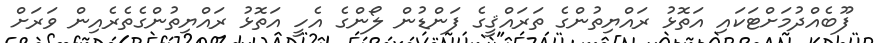
ފޫބެއްދުމަށްޓަކައި އަތޮޅު ރައްޔިތުންގެ ތަރައްޤީގެ ފަންޑުން ލޯންގެ އެހީ އަތޮޅު ރައްޔިތުންގެތެރެއިން ވަރަށް